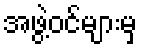
အဖွဲ့ဝင်များမှ